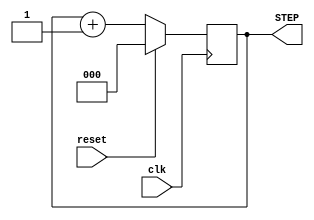
`timescale 1ns / 1ps
//////////////////////////////////////////////////////////////////////////////////
// Company: 
// Engineer: 
// 
// Design Name: 
// Module Name: InstructionStepCounter
// Project Name: 
// Target Devices: 
// Tool Versions: 
// Description: 
// 
// Dependencies: 
// 
// Revision:
// Revision 0.01 - File Created
// Additional Comments:
// 
//////////////////////////////////////////////////////////////////////////////////


module InstructionStepCounter(
    input clk,
    input reset,
    output [2:0] STEP
    );

reg [2:0] step;

always @(posedge clk) begin
    if (reset) begin
        step <= 0;
    end else begin
        step <= step + 1;
    end
end

assign STEP = step;

endmodule